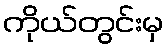
ကိုယ်တွင်းမှ